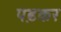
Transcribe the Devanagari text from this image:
प़ढकर